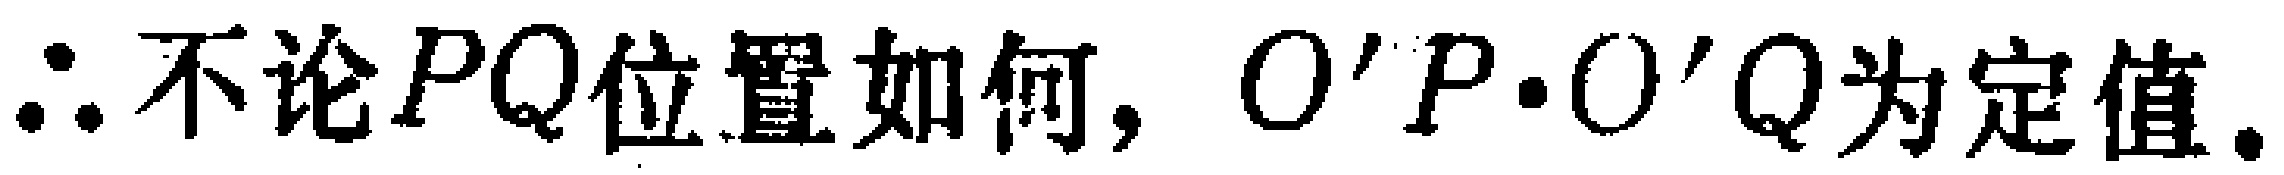
$\therefore 不论PQ位置如何, O'P\cdot O'Q为定值.$